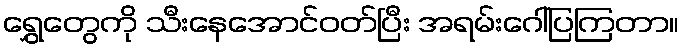
ရွှေတွေကို သီးနေအောင်ဝတ်ပြီး အရမ်းဂေါ်ပြကြတာ။